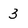
Character: 3